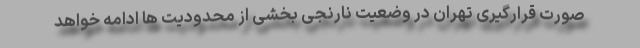
صورت قرارگیری تهران در وضعیت نارنجی بخشی از محدودیت ها ادامه خواهد